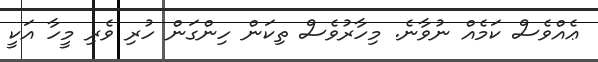
ޢެއްވެސް ކަމެއް ނުވާނެ. މިހާރުވެސް ތިކަން ހިންގަން ހުރި ވެރި މީހާ އަކީ